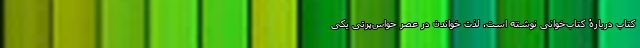
کتاب دربارۀ کتاب‌خوانی نوشته است. لذت خواندن در عصر حواس‌پرتی یکی